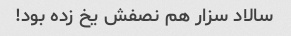
سالاد سزار هم نصفش یخ زده بود!